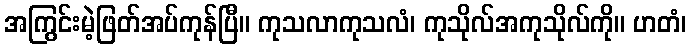
အကြွင်းမဲ့ဖြတ်အပ်ကုန်ပြီ။ ကုသလာကုသလံ၊ ကုသိုလ်အကုသိုလ်ကို။ ဟတံ၊